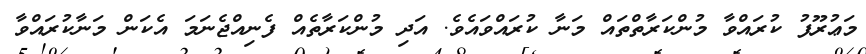
މަޢުރޫފު ކުރައްވާ މުންކަރާތްތައް މަނާ ކުރައްވައެވެ. އަދި މުންކަރާތެއް ފެނިއްޖެނަމަ އެކަން މަނާކުރައްވާ